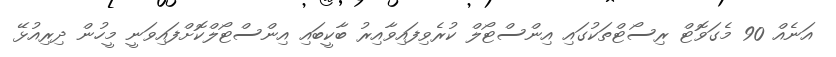
އަނެއް 90 މެގަވޮޓް ރިސޯޓްތަކުގައި އިންސްޓޯލް ކުރެވިފައިވާއިރު ބާކީބައި އިންސްޓޯލްކޮށްފައިވަނީ މީހުން ދިރިއުޅޭ